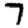
Digit: 7